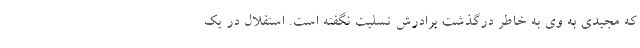
که مجیدی به وی به خاطر درگذشت برادرش تسلیت نگفته است. استقلال در یک